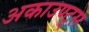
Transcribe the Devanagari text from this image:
अकाउण्ट्स